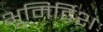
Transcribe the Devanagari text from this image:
भूमिर्दिशः